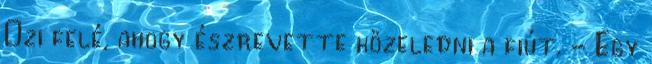
Ozi felé, ahogy észrevette közeledni a fiút. - Egy